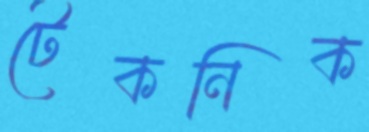
টেকনিক